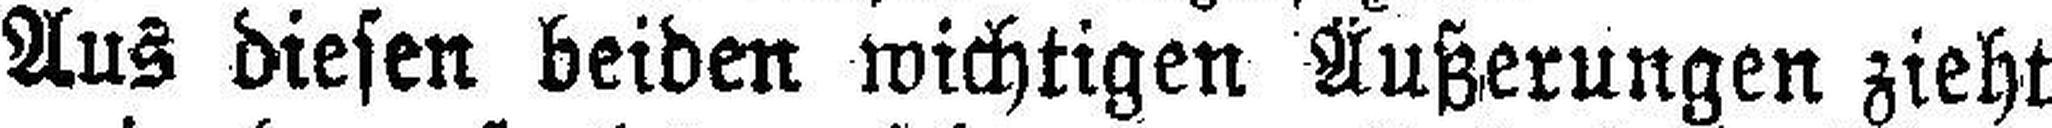
Aus diesen beiden wichtigen Äußerungen zieht